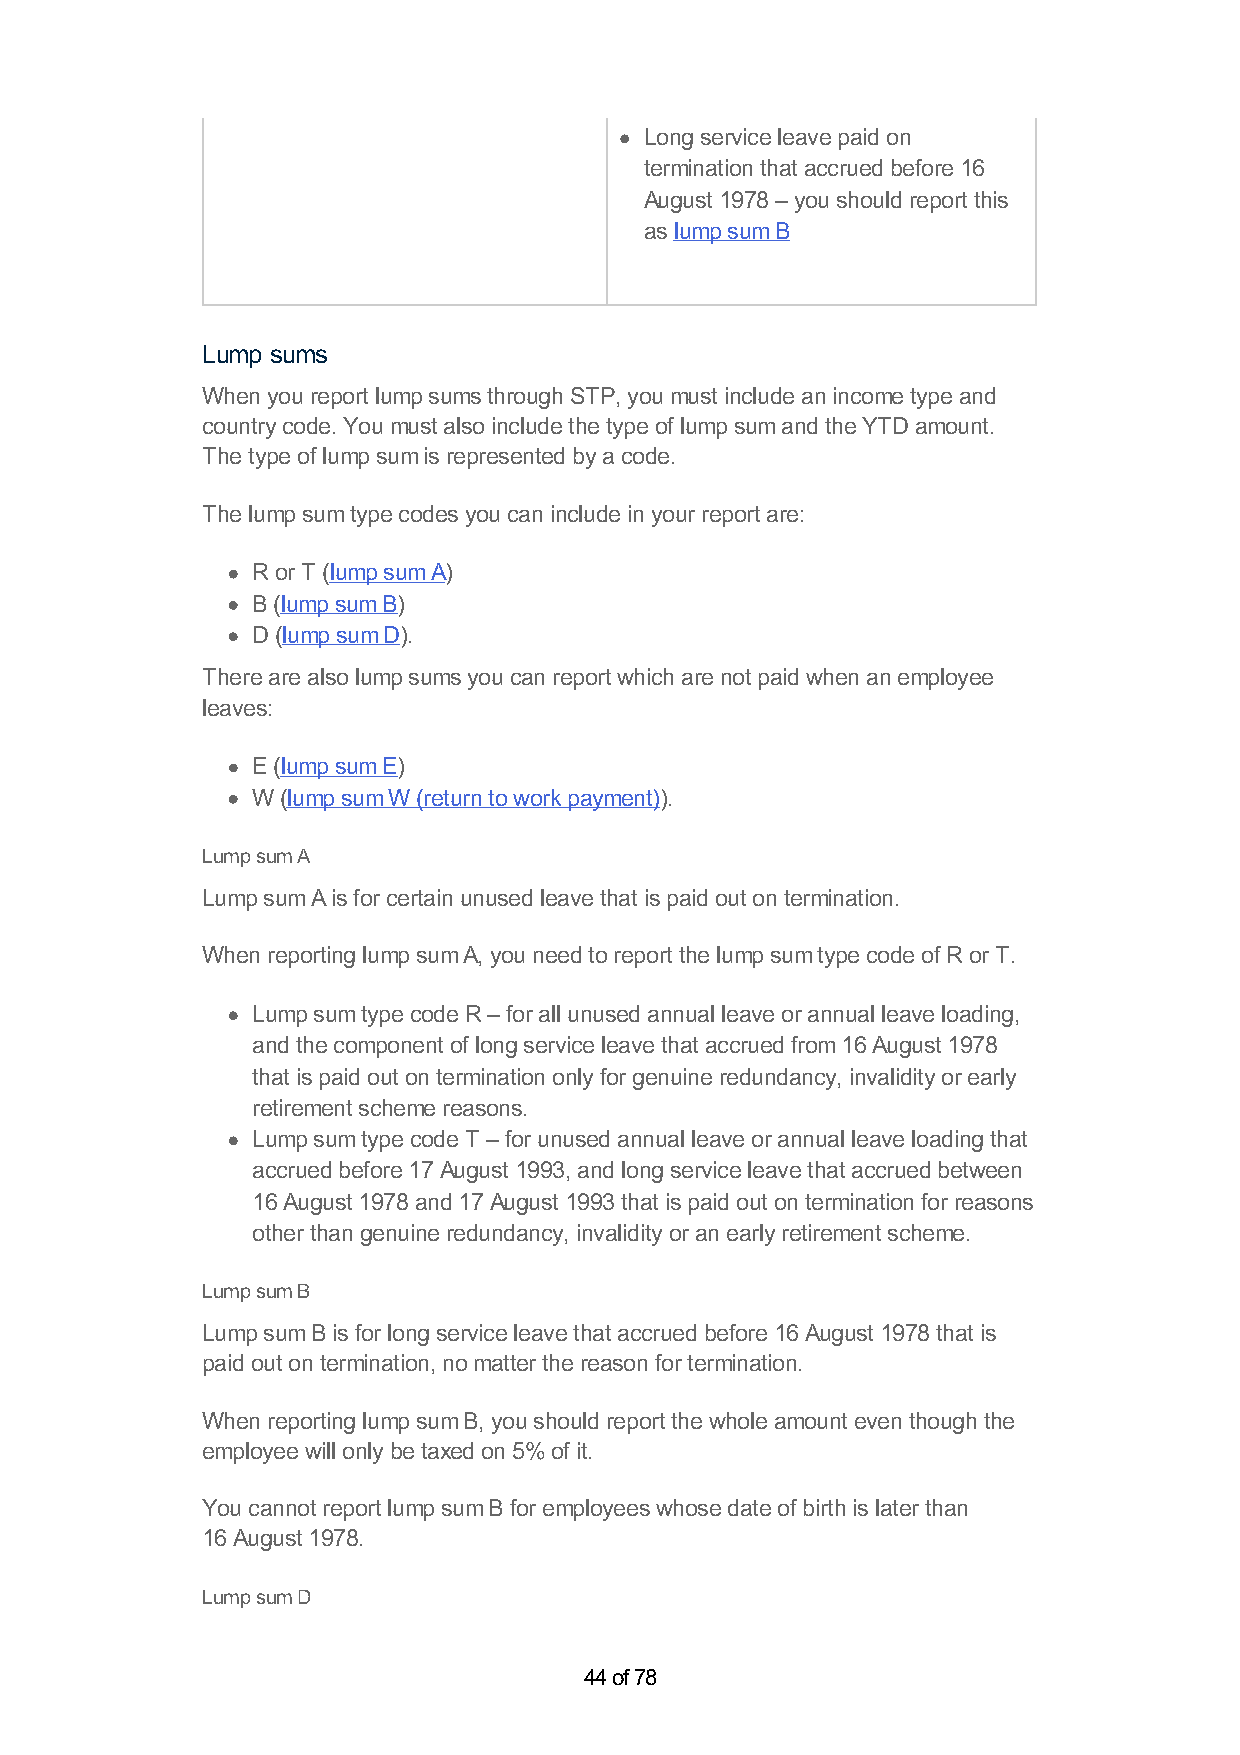
Long service leave paid on
 termination that accrued before 16
 August 1978 – you should report this
 as lump sum B
 Lump sums
 When you report lump sums through STP, you must include an income type and
 country code. You must also include the type of lump sum and the YTD amount.
 The type of lump sum is represented by a code.
 The lump sum type codes you can include in your report are:
 R or T (lump sum A)
 B (lump sum B)
 D (lump sum D).
 There are also lump sums you can report which are not paid when an employee
 leaves:
 E (lump sum E)
 W (lump sum W (return to work payment)).
 Lump sum A
 Lump sum A is for certain unused leave that is paid out on termination.
 When reporting lump sum A, you need to report the lump sum type code of R or T.
 Lump sum type code R – for all unused annual leave or annual leave loading,
 and the component of long service leave that accrued from 16 August 1978
 that is paid out on termination only for genuine redundancy, invalidity or early
 retirement scheme reasons.
 Lump sum type code T – for unused annual leave or annual leave loading that
 accrued before 17 August 1993, and long service leave that accrued between
 16 August 1978 and 17 August 1993 that is paid out on termination for reasons
 other than genuine redundancy, invalidity or an early retirement scheme.
 Lump sum B
 Lump sum B is for long service leave that accrued before 16 August 1978 that is
 paid out on termination, no matter the reason for termination.
 When reporting lump sum B, you should report the whole amount even though the
 employee will only be taxed on 5% of it.
 You cannot report lump sum B for employees whose date of birth is later than
 16 August 1978.
 Lump sum D
 44 of 78